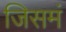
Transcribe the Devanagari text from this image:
जिसमं